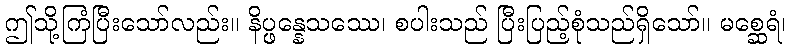
ဤသို့ကြံပြီးသော်လည်း။ နိပ္ဖန္နေသဿေ၊ စပါးသည် ပြီးပြည့်စုံသည်ရှိသော်။ မစ္ဆေရံ၊